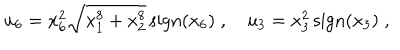
LaTeX: u _ { 6 } = x _ { 6 } ^ { 2 } \sqrt { x _ { 1 } ^ { 8 } + x _ { 2 } ^ { 8 } } \, \mathrm { s i g n } ( x _ { 6 } ) \; , \quad u _ { 3 } = x _ { 3 } ^ { 2 } \, \mathrm { s i g n } ( x _ { 3 } ) \; ,